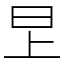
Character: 㫔